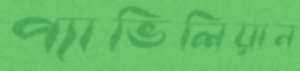
প্যাভিলিয়ান